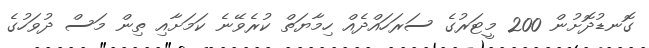
ގޮނޑުދޮށުން 200 މީޓަރުގެ ސަރަހައްދެއް ހިމާޔަތް ކުރެވޭނެ ކަމަށާއި ތިން މަސް ދުވަހުގެ